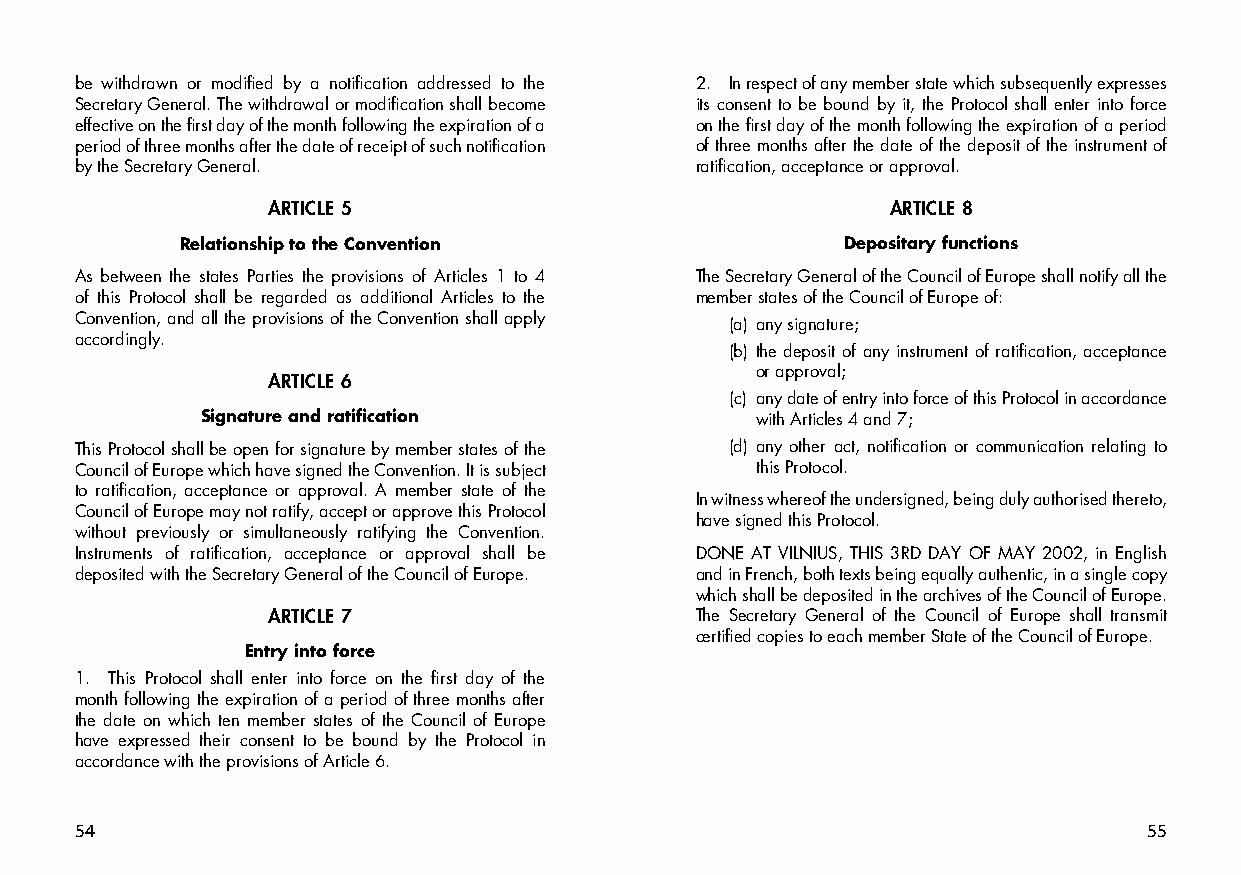
be withdrawn or modified by a notification addressed to the 2. In respect of any member state which subsequently expresses
 Secretary General. The withdrawal or modification shall become its consent to be bound by it, the Protocol shall enter into force
 effective on the first day of the month following the expiration of a on the first day of the month following the expiration of a period
 period of three months after the date of receipt of such notification of three months after the date of the deposit of the instrument of
 by the Secretary General.                ratification, acceptance or approval.
 ARTICLE 5                                ARTICLE 8
 Relationship to the Convention              Depositary functions
 As between the states Parties the provisions of Articles 1 to 4 The Secretary General of the Council of Europe shall notify all the
 of this Protocol shall be regarded as additional Articles to the member states of the Council of Europe of:
 Convention, and all the provisions of the Convention shall apply (a) any signature;
 accordingly.
 (b) the deposit of any instrument of ratification, acceptance
 or approval;
 ARTICLE 6
 (c) any date of entry into force of this Protocol in accordance
 Signature and ratification           with Articles 4 and 7;
 This Protocol shall be open for signature by member states of the (d) any other act, notification or communication relating to
 Council of Europe which have signed the Convention. It is subject this Protocol.
 to ratification, acceptance or approval. A member state of the
 In witness whereof the undersigned, being duly authorised thereto,
 Council of Europe may not ratify, accept or approve this Protocol
 have signed this Protocol.
 without previously or simultaneously ratifying the Convention.
 Instruments of ratification, acceptance or approval shall be DONE AT VILNIUS, THIS 3RD DAY OF MAY 2002, in English
 deposited with the Secretary General of the Council of Europe. and in French, both texts being equally authentic, in a single copy
 which shall be deposited in the archives of the Council of Europe.
 ARTICLE 7                   The Secretary General of the Council of Europe shall transmit
 certified copies to each member State of the Council of Europe.
 Entry into force
 1. This Protocol shall enter into force on the first day of the
 month following the expiration of a period of three months after
 the date on which ten member states of the Council of Europe
 have expressed their consent to be bound by the Protocol in
 accordance with the provisions of Article 6.
 54                                                                     55